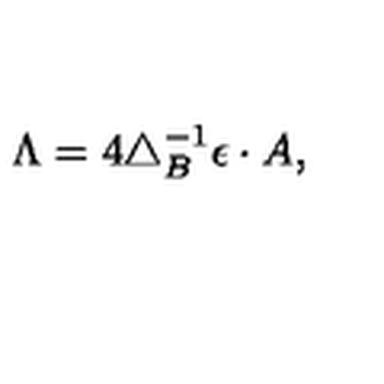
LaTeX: \Lambda = 4 \triangle _ { B } ^ { - 1 } \epsilon \cdot A ,